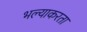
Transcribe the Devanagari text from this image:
भल्याकरता